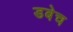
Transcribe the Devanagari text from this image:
डबेच